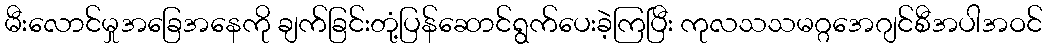
မီးလောင်မှုအခြေအနေကို ချက်ခြင်းတုံ့ပြန်ဆောင်ရွက်ပေးခဲ့ကြပြီး ကုလသသမဂ္ဂအေဂျင်စီအပါအဝင်